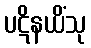
ပဋိနယိံသု